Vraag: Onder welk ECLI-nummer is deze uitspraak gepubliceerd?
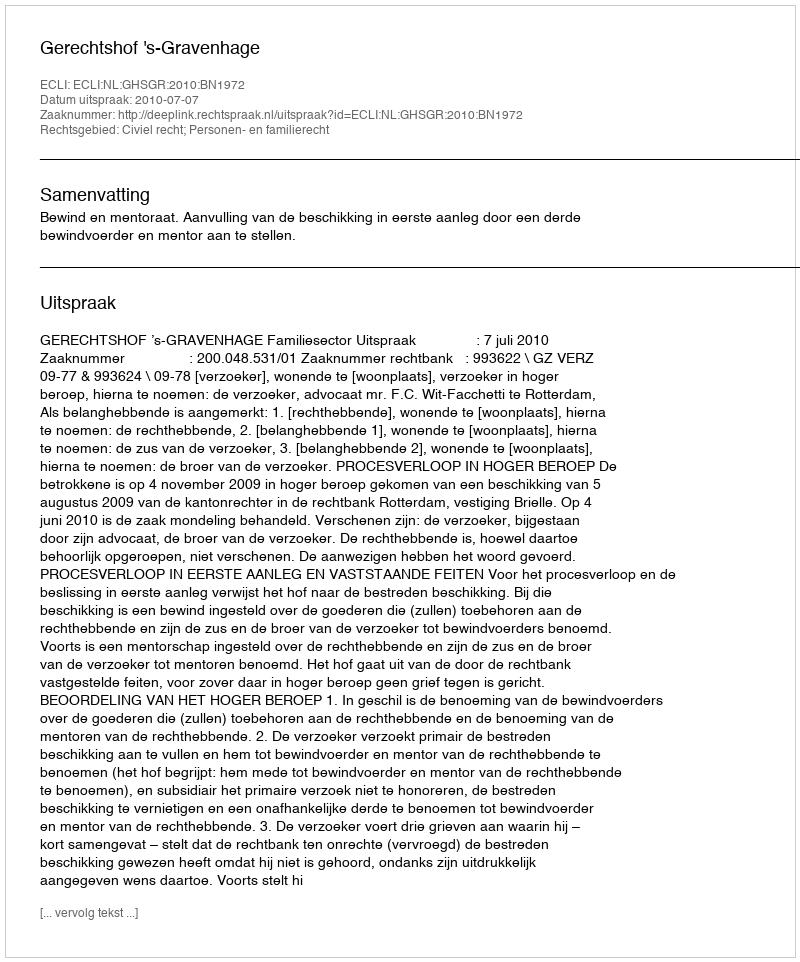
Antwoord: ECLI:NL:GHSGR:2010:BN1972